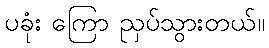
ပခုံး ကြော ညှပ်သွားတယ်။